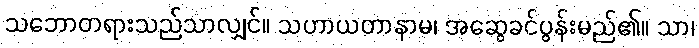
သဘောတရားသည်သာလျှင်။ သဟာယတာနာမ၊ အဆွေခင်ပွန်းမည်၏။ သာ၊